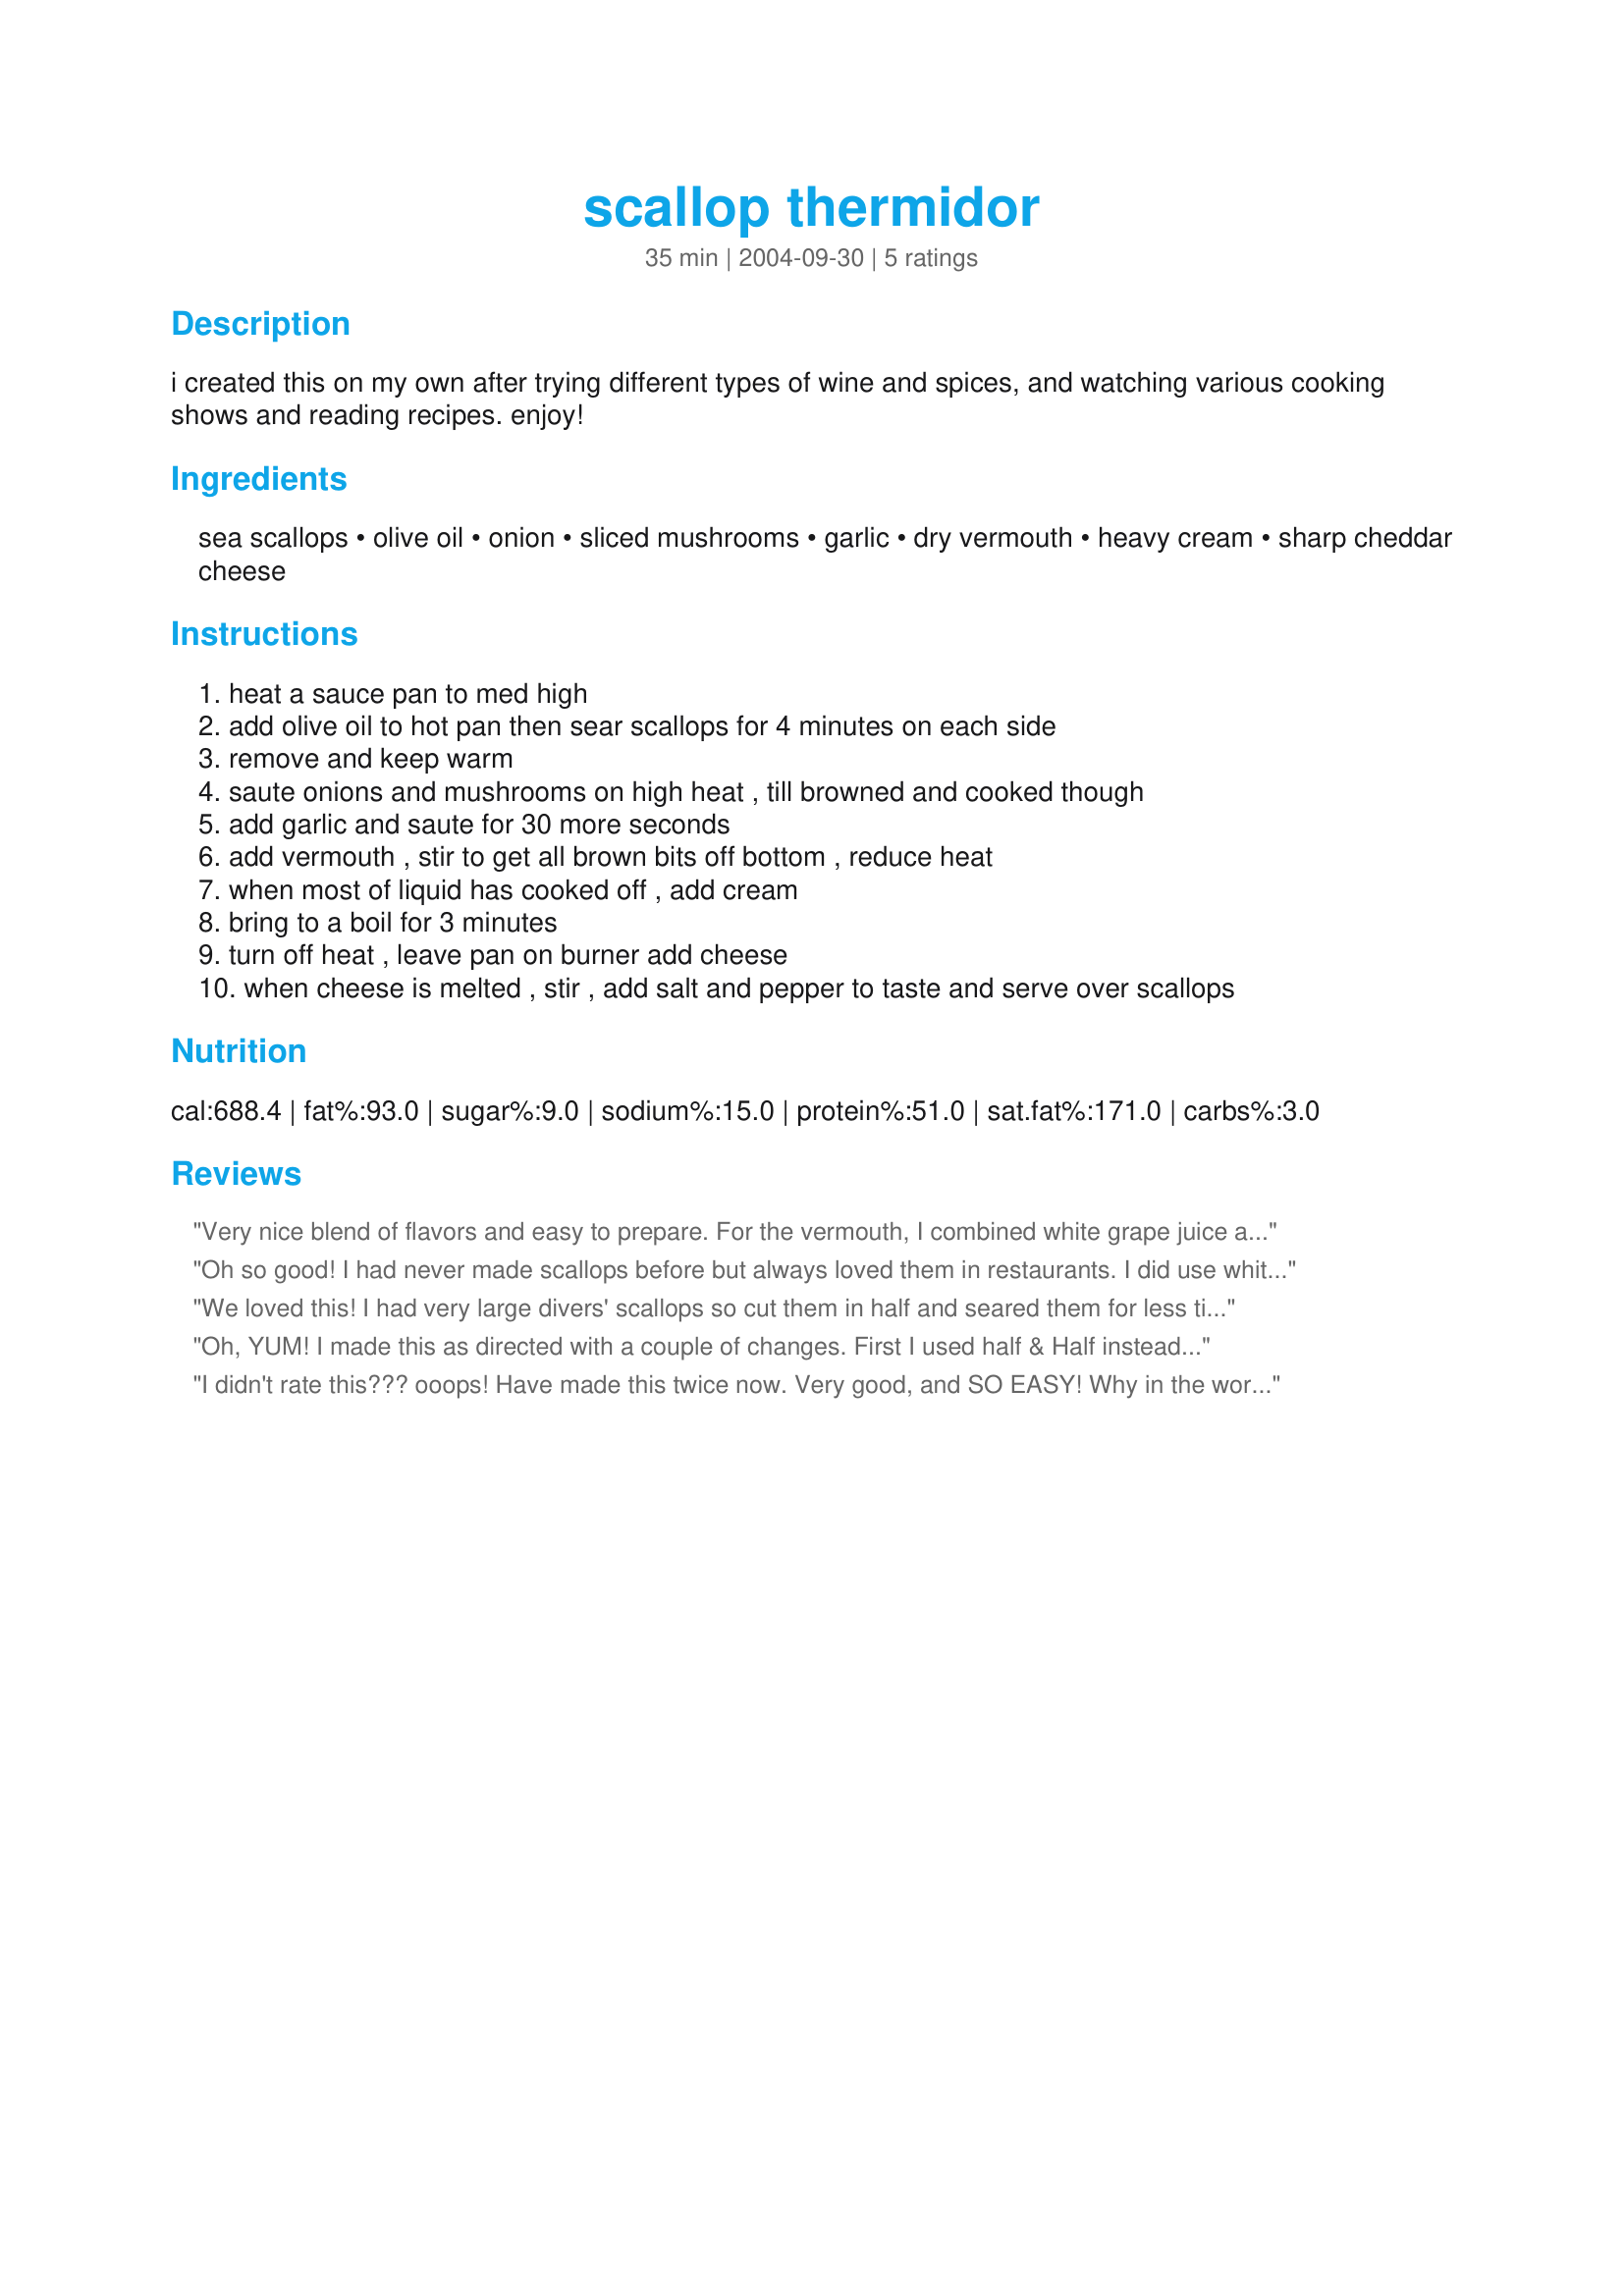
scallop thermidor
Preparation time: 35 minutes

i created this on my own after trying different types of wine and spices, and watching various cooking shows and reading recipes. enjoy!

Ingredients:
sea scallops, olive oil, onion, sliced mushrooms, garlic, dry vermouth, heavy cream, sharp cheddar cheese

Steps:
heat a sauce pan to med high
add olive oil to hot pan then sear scallops for 4 minutes on each side
remove and keep warm
saute onions and mushrooms on high heat , till browned and cooked though
add garlic and saute for 30 more seconds
add vermouth , stir to get all brown bits off bottom , reduce heat
when most of liquid has cooked off , add cream
bring to a boil for 3 minutes
turn off heat , leave pan on burner add cheese
when cheese is melted , stir , add salt and pepper to taste and serve over scallops

Reviews:
Very nice blend of flavors and easy to prepare. For the vermouth, I combined white grape juice and white wine vinegar. Thanks for sharing the recipe!
Oh so good! I had never made scallops before but always loved them in restaurants. I did use white wine instead of the vermouth, used Jarlsberg cheese and added more mushrooms than the recipe called for because I love mushrooms. The taste was gorgeous! Instead of this being a starter it was my main dish. Hubby even had some and really liked it. I served it over a bed of steamed buttered kale with garlic and lemon. I know I’ll make this again! Thank you for posting Dawnab.
We loved this! I had very large divers' scallops so cut them in half and seared them for less time. Followed directions right up till the cheese--my guest and I tasted and decided it was lovely and rich without it. I tried it a second time, dusting the scallops with paprika before searing--it added a little bite and a bit of color. Excellent, Dawnab!
Oh, YUM! I made this as directed with a couple of changes. First I used half & Half instead of cream but that's my own personal preference because I always do that. Secondly, I sprinkled the dish with paprika right before serving to give it some color. The flavor was wonderful and I served it with rice pilaf. Thanks Dawn for a great tag!
I didn't rate this??? ooops! Have made this twice now. Very good, and SO EASY! Why in the world was I intimidated by the word "thermador?" In my never ending quest to reduce calories and fat, I used evaporated skimmed milk, instead of the cream, and served this over wild rice, with a good baguette and a salad. Very nice dinner.
